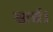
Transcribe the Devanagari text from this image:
खर्च।